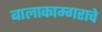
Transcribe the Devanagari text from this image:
बालाकाम्गराचे